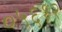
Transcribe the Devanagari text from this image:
०५६१२